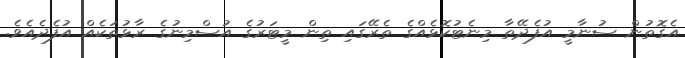
އެގޮތުން ސުނާމީ އުފެދޭތާ މިނެޓުކޮޅެއްގެ ތެރޭގައި ތިން މީޓަރުގެ އުސްމިނުގެ ރާޅުތަކެއް އުފެދެއެވެ.